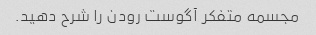
مجسمه متفکر آگوست رودن را شرح دهید.